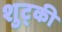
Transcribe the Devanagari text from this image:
शुट्की